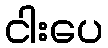
ငါးပေ